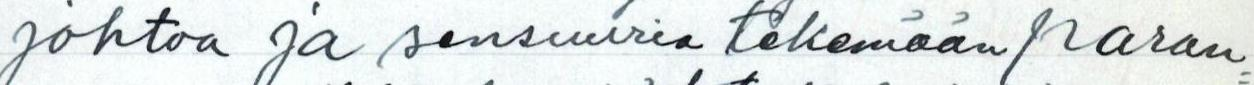
johtoa ja sensuuria tekemään paran=